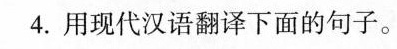
4.用现代汉语翻译下面的句子。